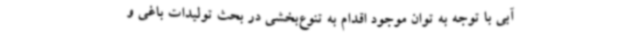
آبی با توجه به توان موجود اقدام به تنوع‌بخشی در بحث تولیدات باغی و